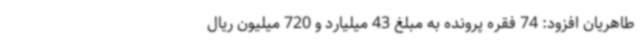
طاهریان افزود: 74 فقره پرونده به مبلغ 43 میلیارد و 720 میلیون ریال